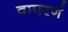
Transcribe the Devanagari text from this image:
वापरणं